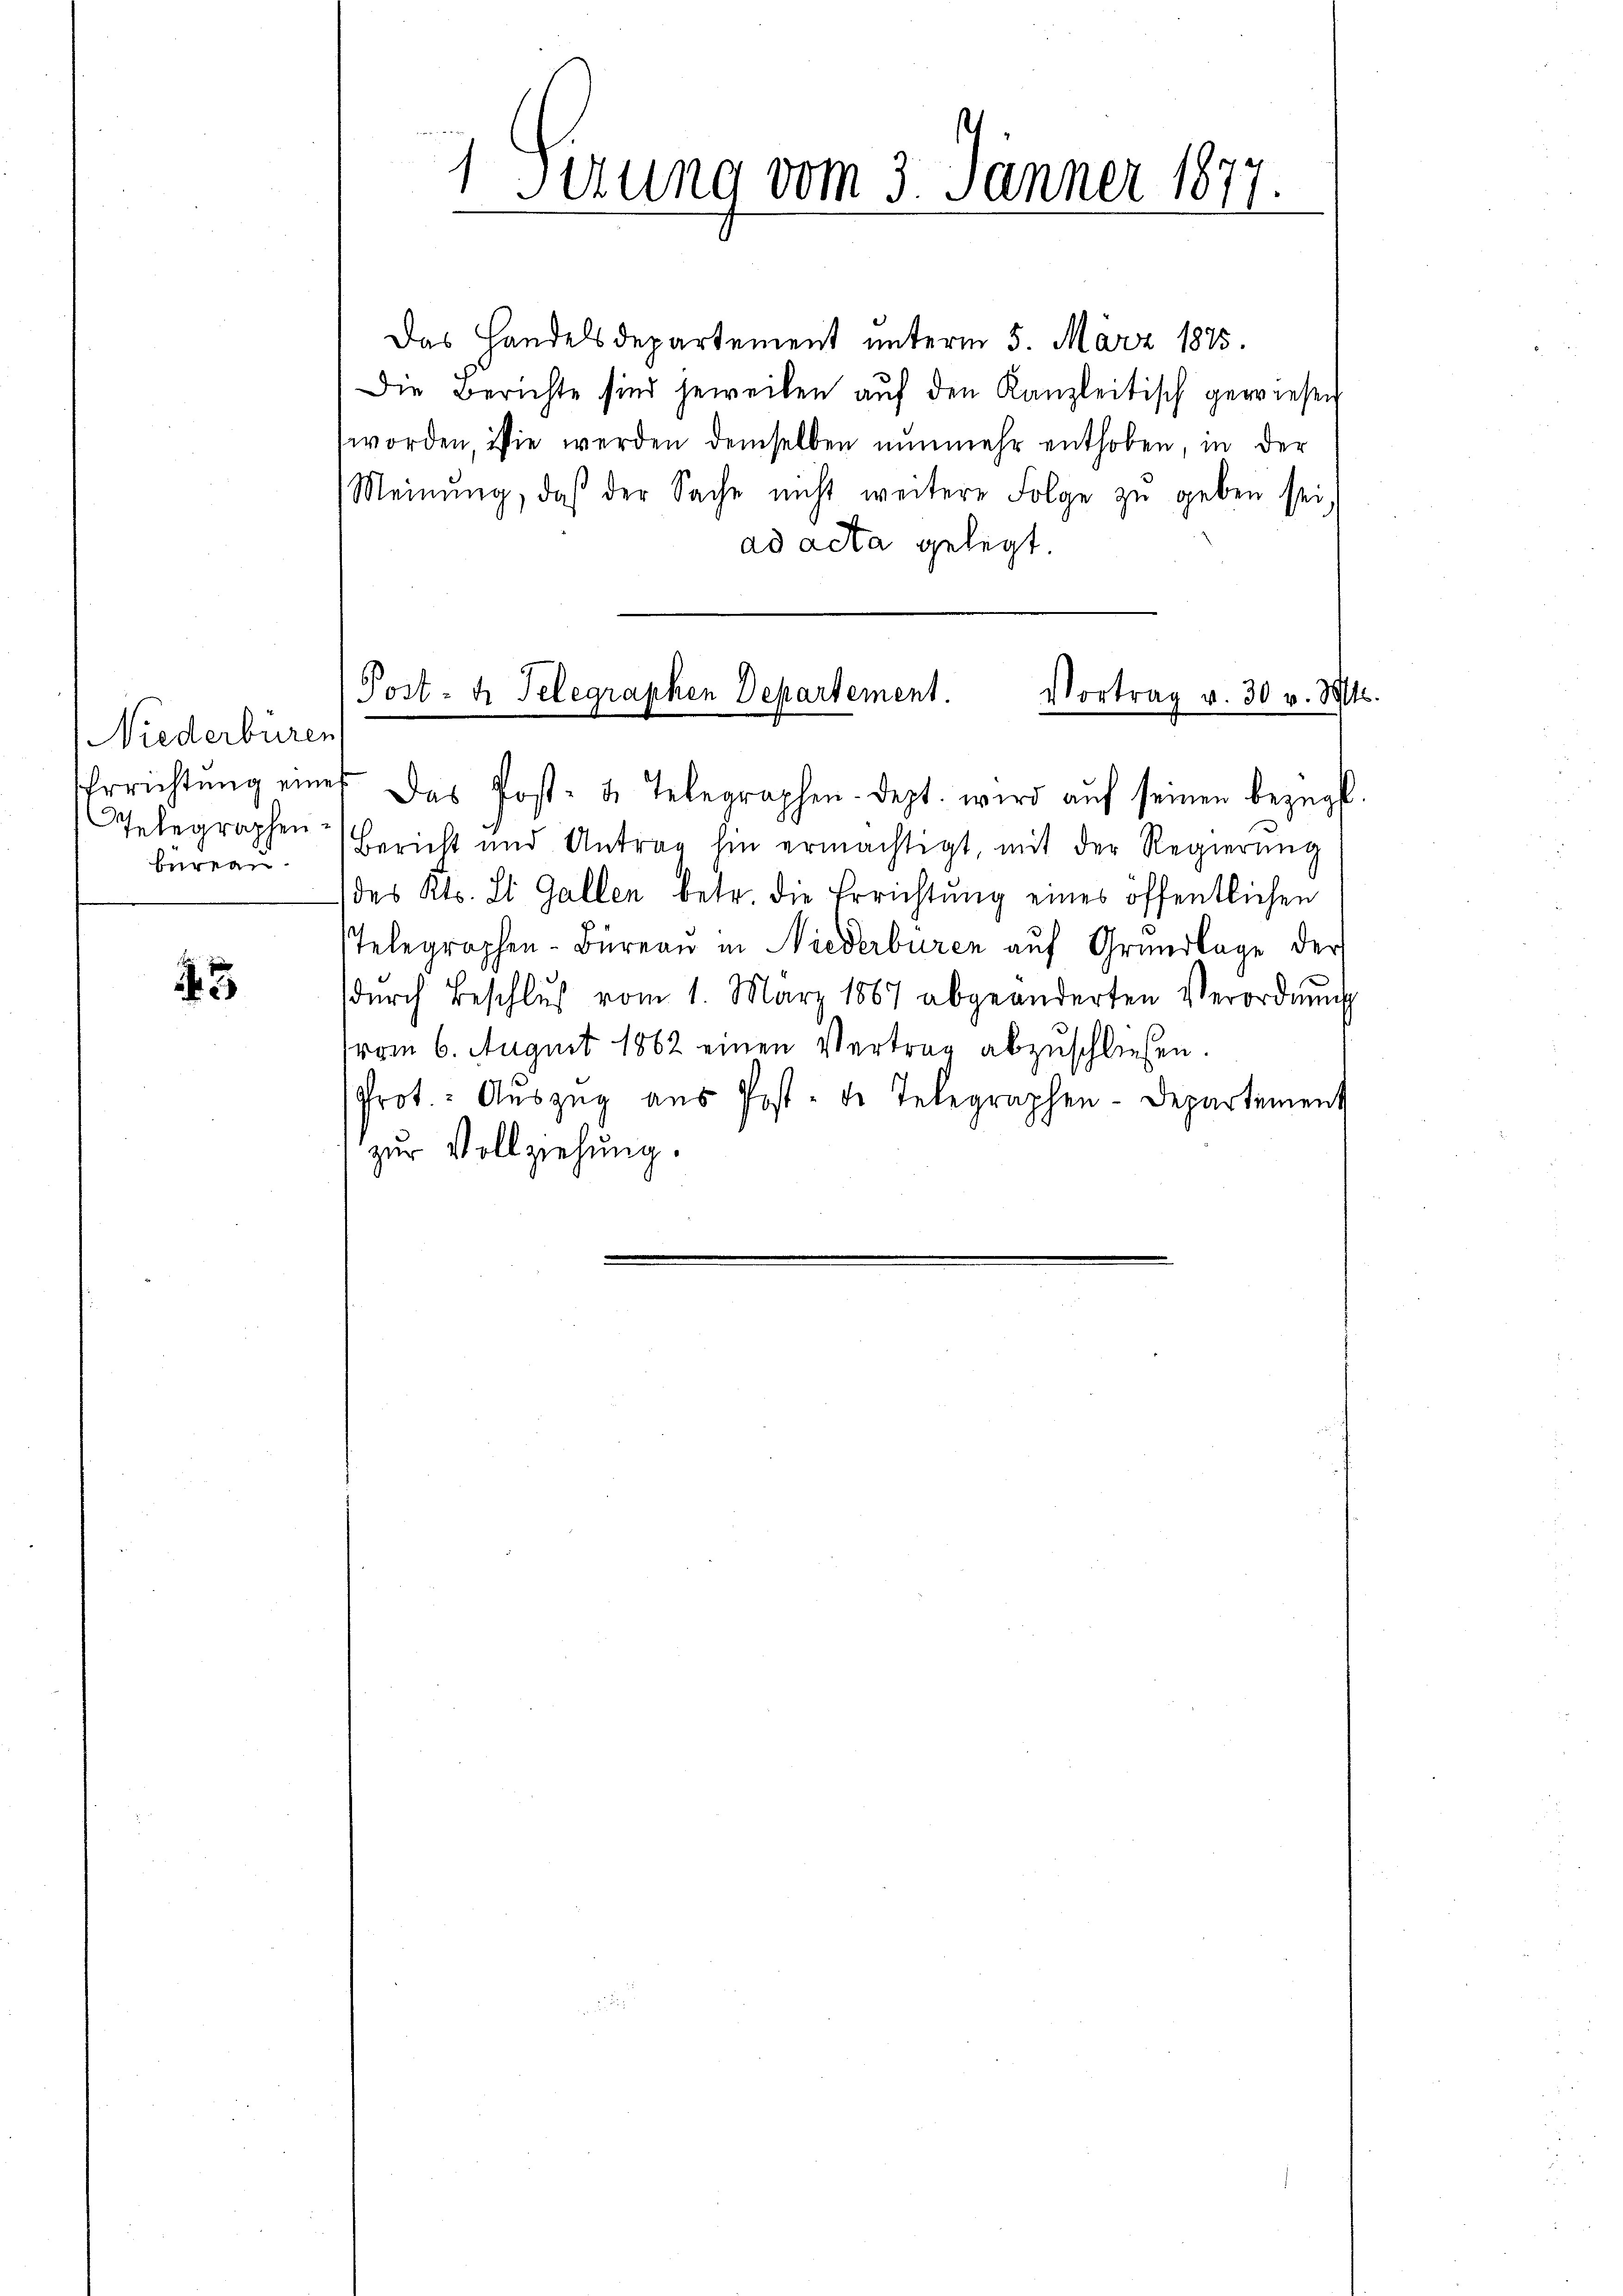
Niederburen
hrrichtung eines
Telegraphenburea

3

Das Handelsdepartement unterm 5. März 1875.
Die Berichte sind jeweilen aŭf den Kanzleitisch gewiesen
worden sie werden demselben nŭnmehr enthoben, in der
Meinŭng, daß der Sache nicht weitere Folge zŭ geben sei
ad acta gelegt.
Das Post- u. Telegraphen-Dept. wird aŭf seinen bezügl.
Bericht und Antrag hin ermächtigt, mit der Regierŭng
des Kts. St. Gallen betr. die Errichtung eines öffentlichen
Telegraphen-Büreau in Niederburen auf Grundlage der
dŭrch Beschlŭβ vom 1. März 1887 abgeänderten Verordnŭng
(vom 6. August 1862 einen Vertrag abzuschließen.
Prot. Aŭszŭg aŭs Post- de Telegraphen-Departement
zur Vollziehung.

s
1
Sitzung vom 3. Jänner 1877.

Post- u. Telegraphen Departement.
Vortrag v. 30 v. Mts.